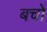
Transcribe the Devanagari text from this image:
बचों